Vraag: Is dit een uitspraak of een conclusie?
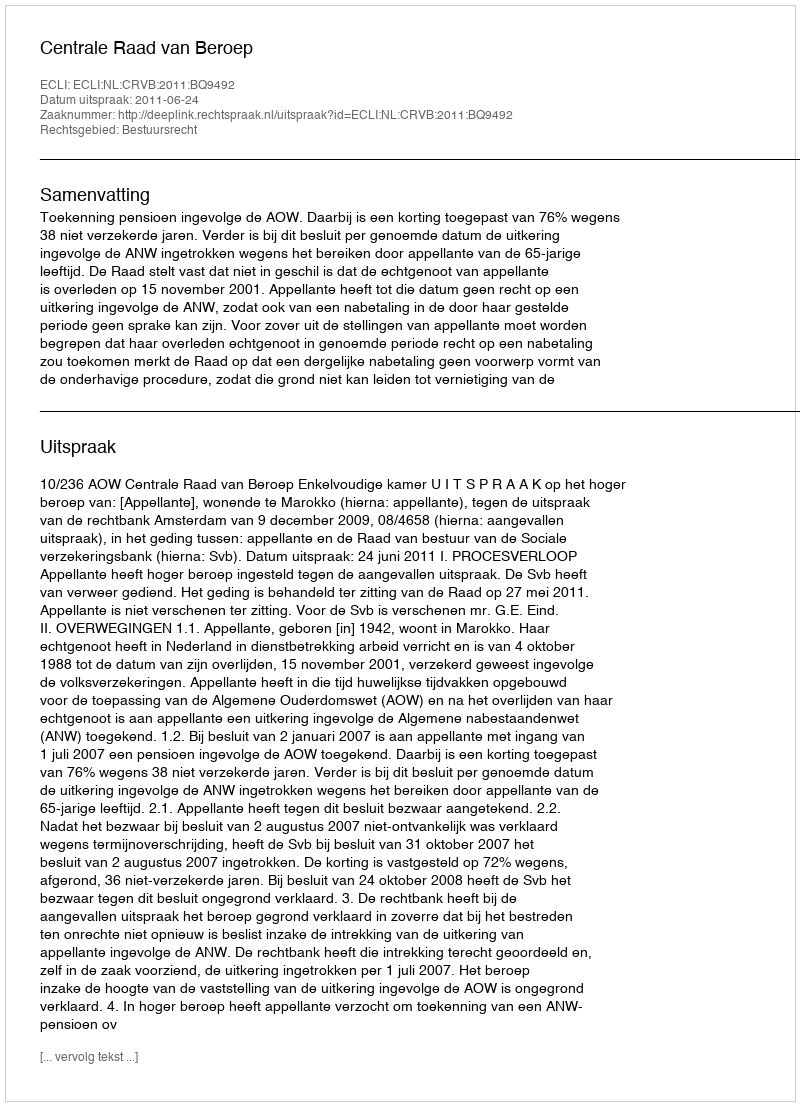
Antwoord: Uitspraak